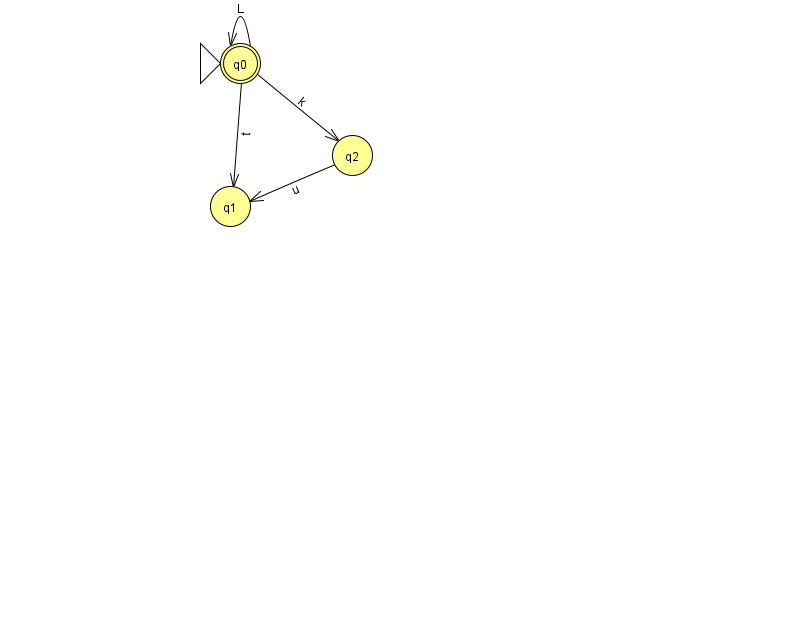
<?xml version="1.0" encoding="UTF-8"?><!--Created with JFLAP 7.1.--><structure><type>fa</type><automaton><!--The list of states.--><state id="0" name="q0"><x>240.0</x><y>50.0</y><initial/><final/></state><state id="1" name="q1"><x>230.0</x><y>193.0</y></state><state id="2" name="q2"><x>352.0</x><y>142.0</y></state><!--The list of transitions.--><transition><from>2</from><to>1</to><read>u</read></transition><transition><from>0</from><to>2</to><read>k</read></transition><transition><from>0</from><to>0</to><read>L</read></transition><transition><from>0</from><to>1</to><read>t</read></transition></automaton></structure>